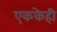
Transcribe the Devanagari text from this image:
एककेही